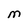
Character: M